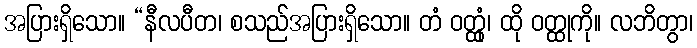
အပြားရှိသော။ “နီလပီတ၊ စသည်အပြားရှိသော။ တံ ဝတ္ထုံ၊ ထို ဝတ္ထုကို။ လဘိတွာ၊